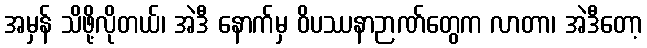
အမှန် သိဖို့လိုတယ်၊ အဲဒီ နောက်မှ ဝိပဿနာဉာဏ်တွေက လာတာ၊ အဲဒီတော့